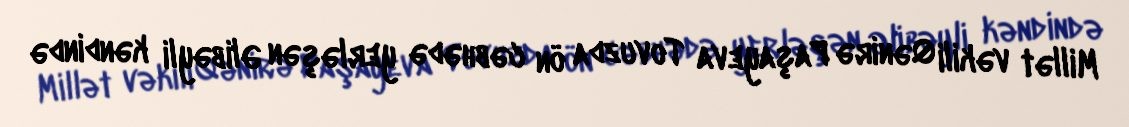
Millət vəkili Qənirə Paşayeva Tovuzda ön cəbhədə yerləşən Əlibəyli kəndində